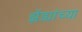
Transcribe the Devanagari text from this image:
झेंड्यांच्या